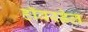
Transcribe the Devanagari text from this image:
हॉवरडेल